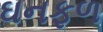
ઘનફળ